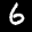
Label: 6